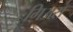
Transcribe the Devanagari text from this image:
गिअस